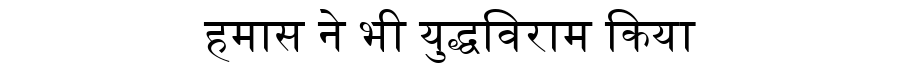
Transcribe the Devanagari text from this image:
हमास ने भी युद्धविराम किया